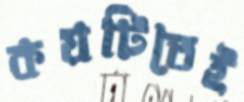
কয়টিতেই